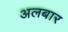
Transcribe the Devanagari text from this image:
अलबार